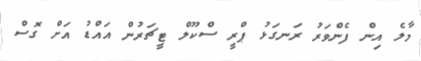
މާލެ އިން ފެންވަރު ރަނގަޅު ޕްރީ ސްކޫލް ޓީޗަރުން އައްޑު އަށް ގޮސް